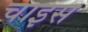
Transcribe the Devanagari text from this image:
चाइस